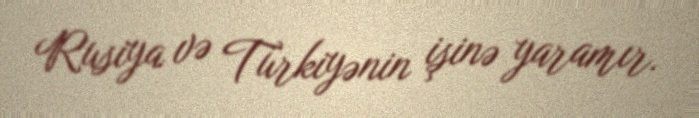
Rusiya və Türkiyənin işinə yaramır.